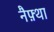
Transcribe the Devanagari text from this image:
नैफ़्था